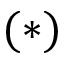
( * )